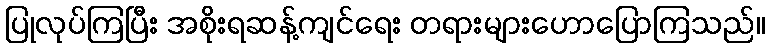
ပြုလုပ်ကြပြီး အစိုးရဆန့်ကျင်ရေး တရားများဟောပြောကြသည်။